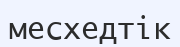
месхедтік